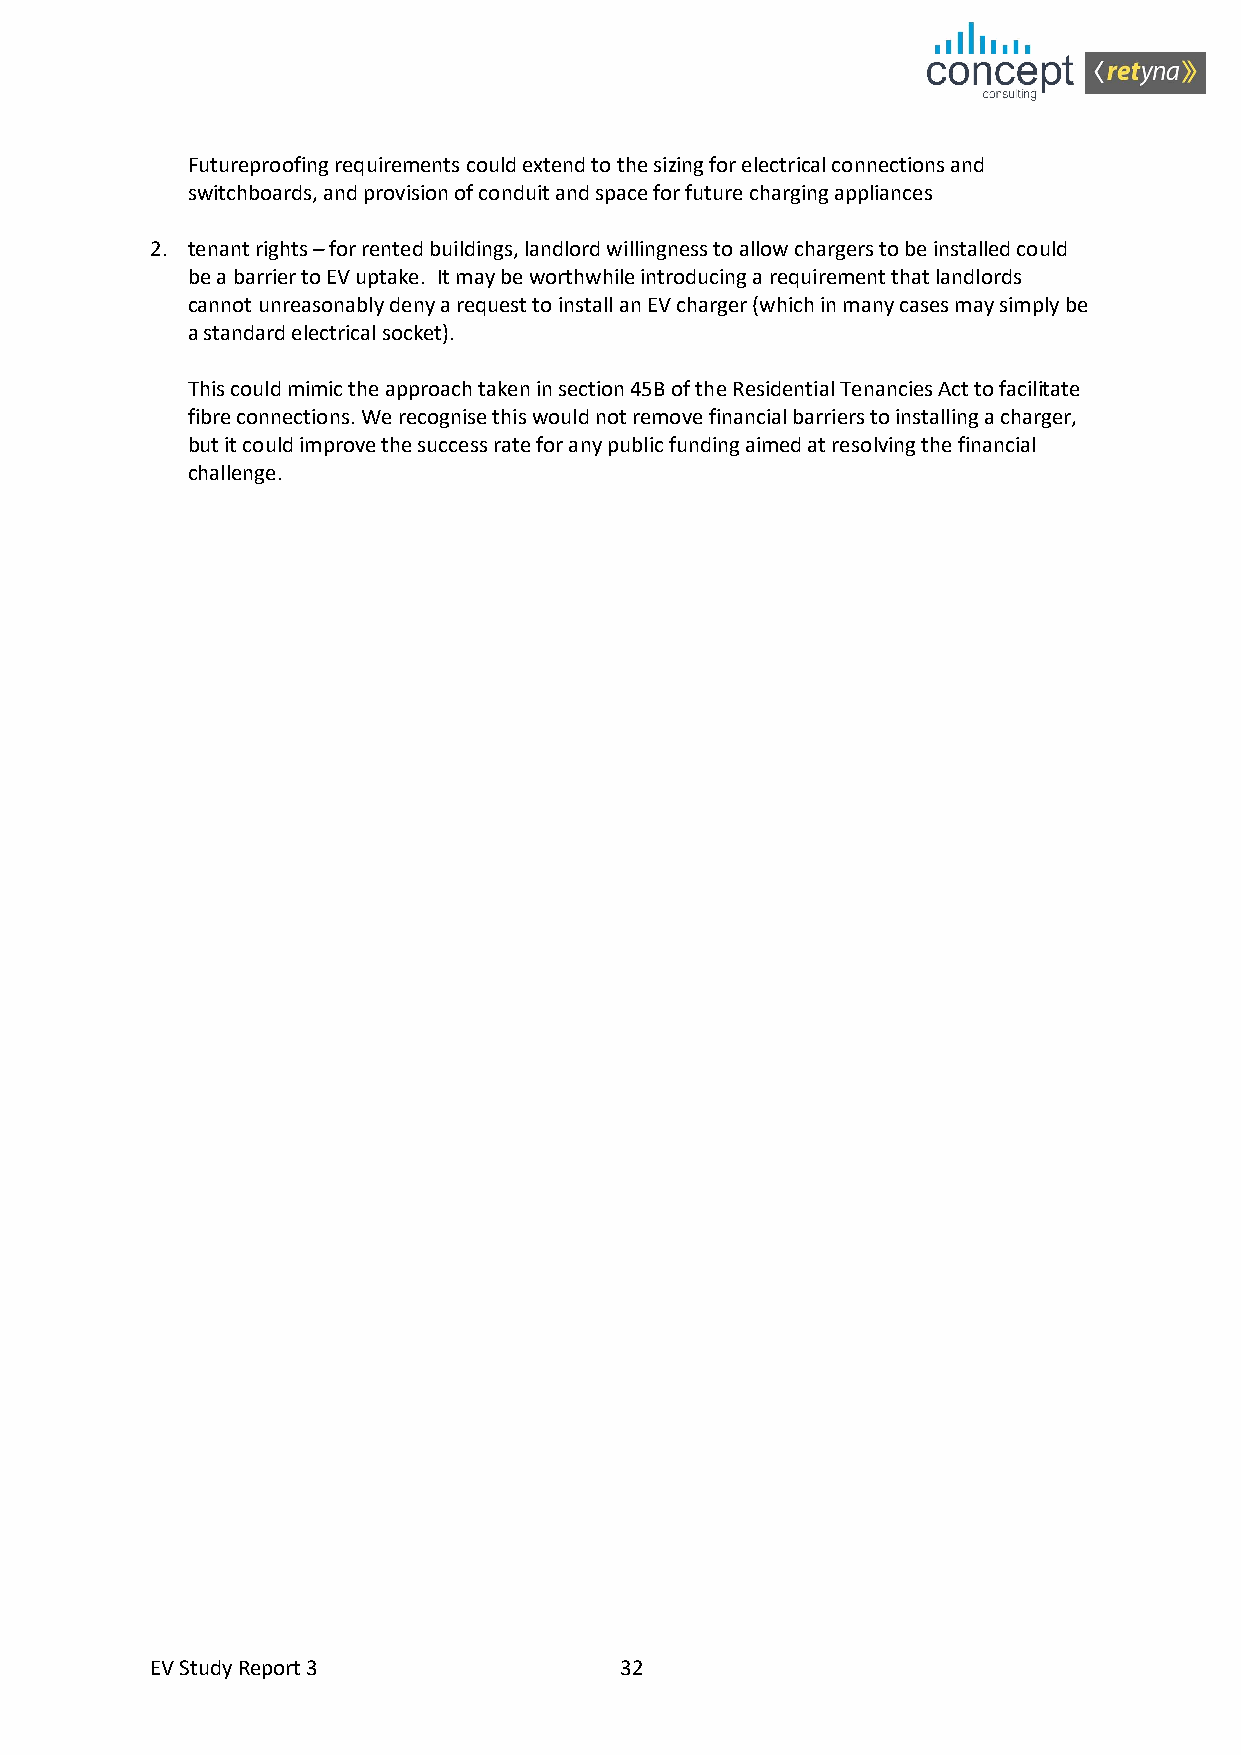
Futureproofing requirements could extend to the sizing for electrical connections and
 switchboards, and provision of conduit and space for future charging appliances
 2. tenant rights – for rented buildings, landlord willingness to allow chargers to be installed could
 be a barrier to EV uptake. It may be worthwhile introducing a requirement that landlords
 cannot unreasonably deny a request to install an EV charger (which in many cases may simply be
 a standard electrical socket).
 This could mimic the approach taken in section 45B of the Residential Tenancies Act to facilitate
 fibre connections. We recognise this would not remove financial barriers to installing a charger,
 but it could improve the success rate for any public funding aimed at resolving the financial
 challenge.
 EV Study Report 3              32